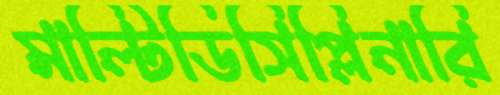
মাল্টিডিসিপ্লিনারি